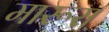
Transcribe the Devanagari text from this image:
मारूरा